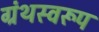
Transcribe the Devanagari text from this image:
ग्रंथस्वरूप